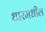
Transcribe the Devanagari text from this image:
धारमधील